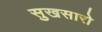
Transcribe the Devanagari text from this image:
सुखसारो